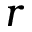
r